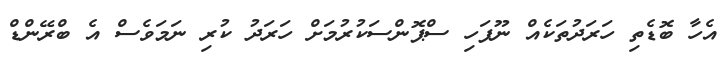
އެހާ ބޮޑެތި ހަރަދުތަކެއް ނޫފަހި ސްޕޮންސަކުރުމަށް ހަރަދު ކުރި ނަމަވެސް އެ ބްރޭންޑް